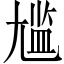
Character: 尴